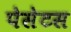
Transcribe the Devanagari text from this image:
पेसेटस